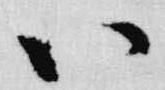
八